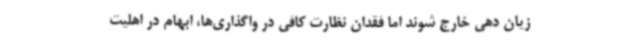
زیان دهی خارج شوند اما فقدان نظارت کافی در واگذاری‌ها، ابهام در اهلیت